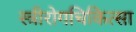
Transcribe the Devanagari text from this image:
स्त्रीरोगचिकित्सा